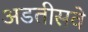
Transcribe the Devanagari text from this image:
अडतीसवे